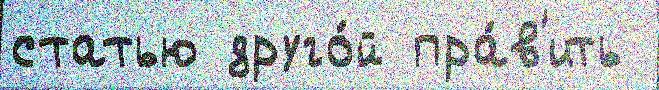
статью друго́й пра́в'ить